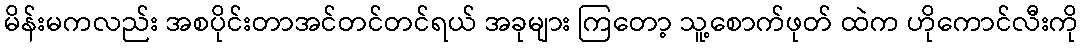
မိန်းမကလည်း အစပိုင်းတာအင်တင်တင်ရယ် အခုများ ကြတော့ သူ့စောက်ဖုတ် ထဲက ဟိုကောင်လီးကို